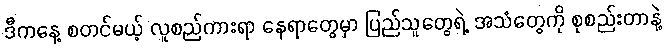
ဒီကနေ့ စတင်မယ့် လူစည်ကားရာ နေရာတွေမှာ ပြည်သူတွေရဲ့ အသံတွေကို စုစည်းတာနဲ့